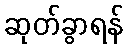
ဆုတ်ခွာရန်